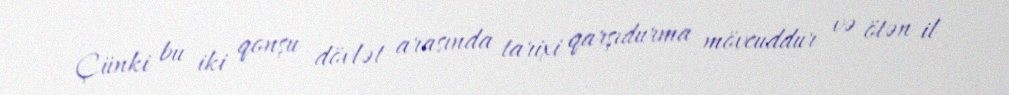
Çünki bu iki qonşu dövlət arasında tarixi qarşıdurma mövcuddur və ötən il